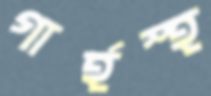
গার্হস্হ